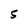
Character: 5